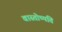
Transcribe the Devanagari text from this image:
वास्तोष्पति